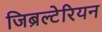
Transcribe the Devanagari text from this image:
जिब्रल्टेरियन